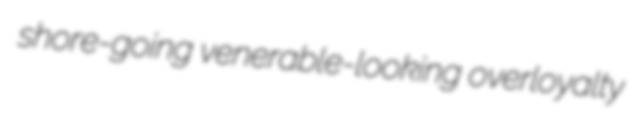
shore-going venerable-looking overloyalty